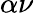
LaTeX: \alpha\nu